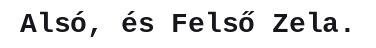
Alsó, és Felső Zela.